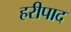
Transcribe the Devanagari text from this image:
हरीपाद